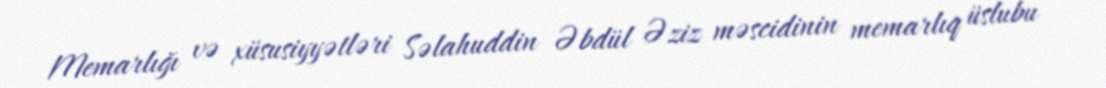
Memarlığı və xüsusiyyətləri Səlahuddin Əbdül Əziz məscidinin memarlıq üslubu